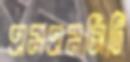
এমএমসিটি